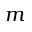
m